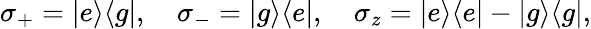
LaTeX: \sigma_{+}=|e\rangle\langle g|,\quad\sigma_{-}=|g\rangle\langle e|,\quad\sigma_{z}=|e\rangle\langle e|-|g\rangle\langle g|,